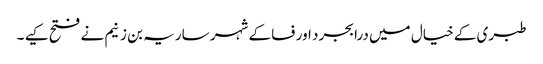
طبری کے خیال میں درابجرد اور فسا کے شہر ساریہ بن زنیم نے فتح کیے ۔